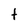
Character: t